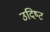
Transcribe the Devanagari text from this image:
उदिष्‍ट